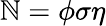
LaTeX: \mathbb{N}=\phi\sigma\eta